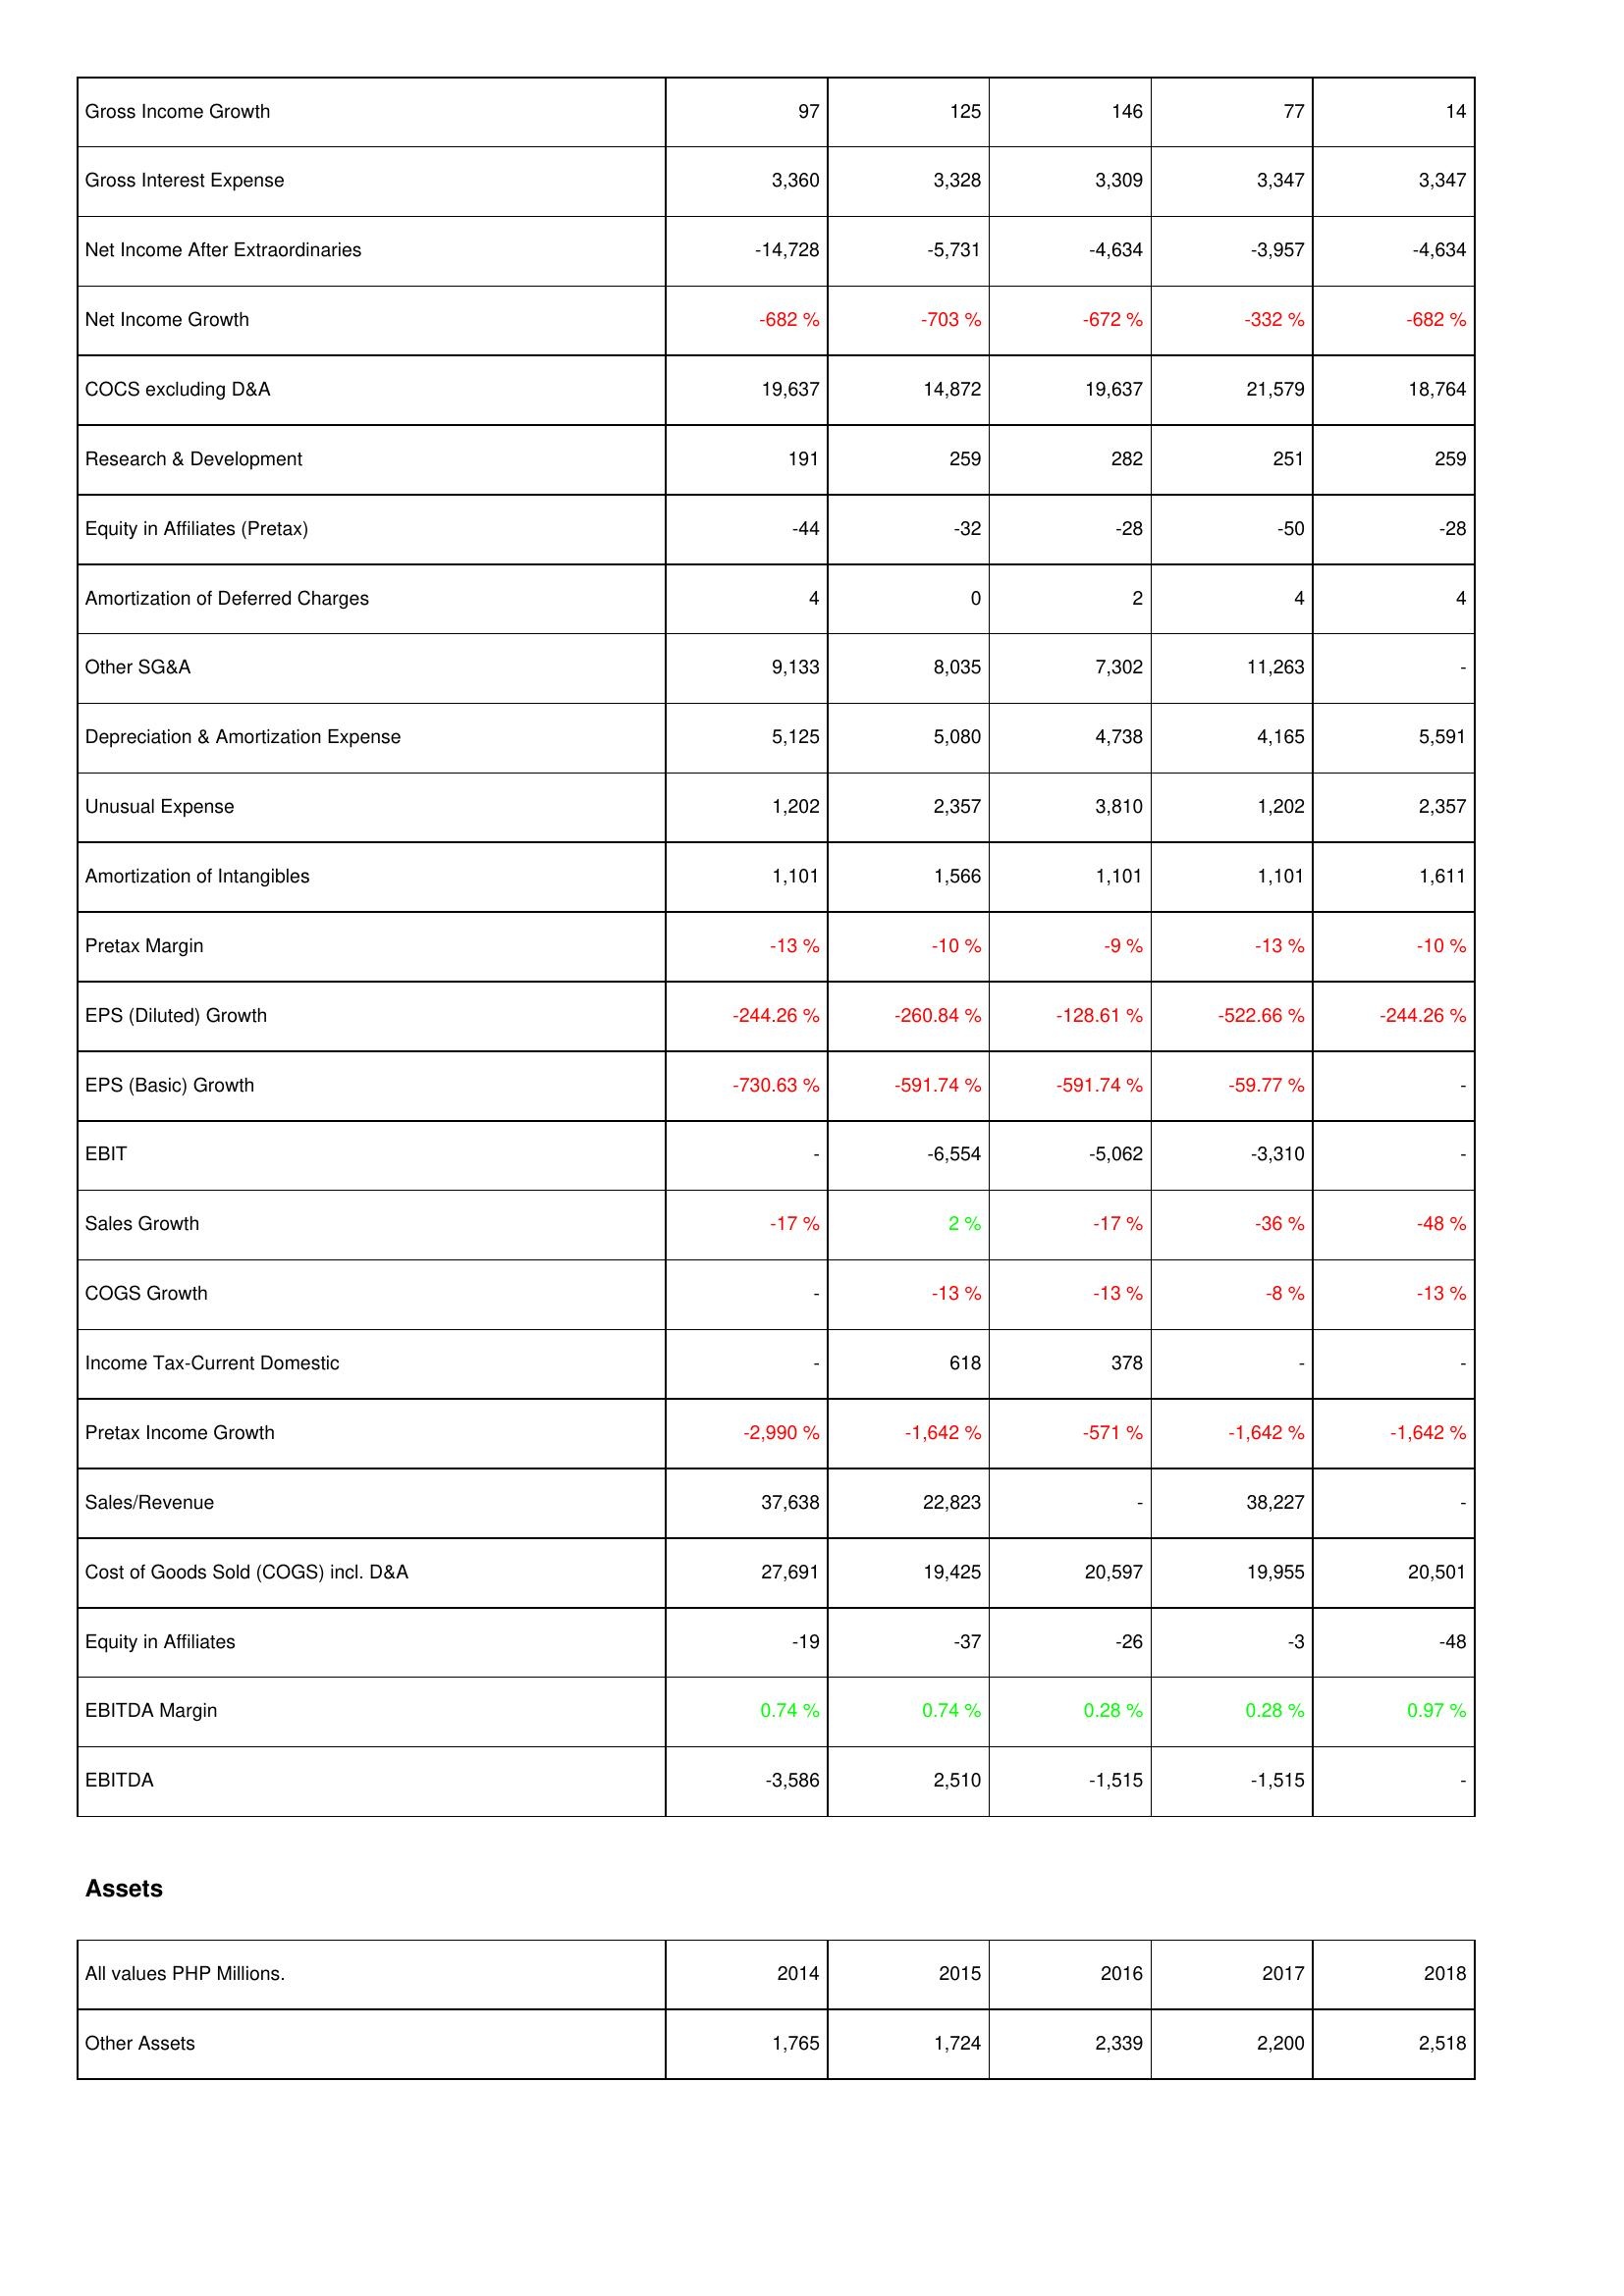
2014: Income Statement: Gross Income Growth: 97
Gross Interest Expense: 3,360
Net Income After Extraordinaries: -14,728
Net Income Growth: -682 %
COCS excluding D&A: 19,637
Research & Development: 191
Equity in Affiliates (Pretax): -44
Amortization of Deferred Charges: 4
Other SG&A: 9,133
Depreciation & Amortization Expense: 5,125
Unusual Expense: 1,202
Amortization of Intangibles: 1,101
Pretax Margin: -13 %
EPS (Diluted) Growth: -244.26 %
EPS (Basic) Growth: -730.63 %
EBIT: -
Sales Growth: -17 %
COGS Growth: -
Income Tax-Current Domestic: -
Pretax Income Growth: -2,990 %
Sales/Revenue: 37,638
Cost of Goods Sold (COGS) incl. D&A: 27,691
Equity in Affiliates: -19
EBITDA Margin: 0.74 %
EBITDA: -3,586
Assets: Other Assets: 1,765
2015: Income Statement: Gross Income Growth: 125
Gross Interest Expense: 3,328
Net Income After Extraordinaries: -5,731
Net Income Growth: -703 %
COCS excluding D&A: 14,872
Research & Development: 259
Equity in Affiliates (Pretax): -32
Amortization of Deferred Charges: 0
Other SG&A: 8,035
Depreciation & Amortization Expense: 5,080
Unusual Expense: 2,357
Amortization of Intangibles: 1,566
Pretax Margin: -10 %
EPS (Diluted) Growth: -260.84 %
EPS (Basic) Growth: -591.74 %
EBIT: -6,554
Sales Growth: 2 %
COGS Growth: -13 %
Income Tax-Current Domestic: 618
Pretax Income Growth: -1,642 %
Sales/Revenue: 22,823
Cost of Goods Sold (COGS) incl. D&A: 19,425
Equity in Affiliates: -37
EBITDA Margin: 0.74 %
EBITDA: 2,510
Assets: Other Assets: 1,724
2016: Income Statement: Gross Income Growth: 146
Gross Interest Expense: 3,309
Net Income After Extraordinaries: -4,634
Net Income Growth: -672 %
COCS excluding D&A: 19,637
Research & Development: 282
Equity in Affiliates (Pretax): -28
Amortization of Deferred Charges: 2
Other SG&A: 7,302
Depreciation & Amortization Expense: 4,738
Unusual Expense: 3,810
Amortization of Intangibles: 1,101
Pretax Margin: -9 %
EPS (Diluted) Growth: -128.61 %
EPS (Basic) Growth: -591.74 %
EBIT: -5,062
Sales Growth: -17 %
COGS Growth: -13 %
Income Tax-Current Domestic: 378
Pretax Income Growth: -571 %
Sales/Revenue: -
Cost of Goods Sold (COGS) incl. D&A: 20,597
Equity in Affiliates: -26
EBITDA Margin: 0.28 %
EBITDA: -1,515
Assets: Other Assets: 2,339
2017: Income Statement: Gross Income Growth: 77
Gross Interest Expense: 3,347
Net Income After Extraordinaries: -3,957
Net Income Growth: -332 %
COCS excluding D&A: 21,579
Research & Development: 251
Equity in Affiliates (Pretax): -50
Amortization of Deferred Charges: 4
Other SG&A: 11,263
Depreciation & Amortization Expense: 4,165
Unusual Expense: 1,202
Amortization of Intangibles: 1,101
Pretax Margin: -13 %
EPS (Diluted) Growth: -522.66 %
EPS (Basic) Growth: -59.77 %
EBIT: -3,310
Sales Growth: -36 %
COGS Growth: -8 %
Income Tax-Current Domestic: -
Pretax Income Growth: -1,642 %
Sales/Revenue: 38,227
Cost of Goods Sold (COGS) incl. D&A: 19,955
Equity in Affiliates: -3
EBITDA Margin: 0.28 %
EBITDA: -1,515
Assets: Other Assets: 2,200
2018: Income Statement: Gross Income Growth: 14
Gross Interest Expense: 3,347
Net Income After Extraordinaries: -4,634
Net Income Growth: -682 %
COCS excluding D&A: 18,764
Research & Development: 259
Equity in Affiliates (Pretax): -28
Amortization of Deferred Charges: 4
Other SG&A: -
Depreciation & Amortization Expense: 5,591
Unusual Expense: 2,357
Amortization of Intangibles: 1,611
Pretax Margin: -10 %
EPS (Diluted) Growth: -244.26 %
EPS (Basic) Growth: -
EBIT: -
Sales Growth: -48 %
COGS Growth: -13 %
Income Tax-Current Domestic: -
Pretax Income Growth: -1,642 %
Sales/Revenue: -
Cost of Goods Sold (COGS) incl. D&A: 20,501
Equity in Affiliates: -48
EBITDA Margin: 0.97 %
EBITDA: -
Assets: Other Assets: 2,518